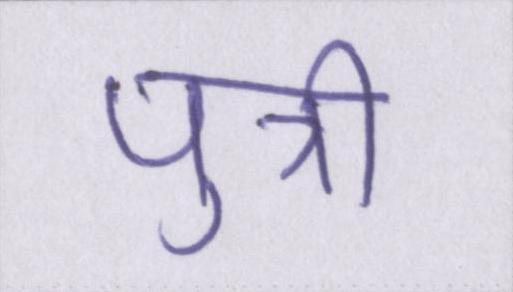
पुत्री